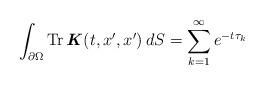
LaTeX: \begin{align*} \int_{\partial \Omega} \operatorname{Tr} \textbf{\textit{K}}(t,x^{\prime},x^{\prime}) \,dS = \sum_{k=1}^{\infty} e^{-t\tau_k}\end{align*}